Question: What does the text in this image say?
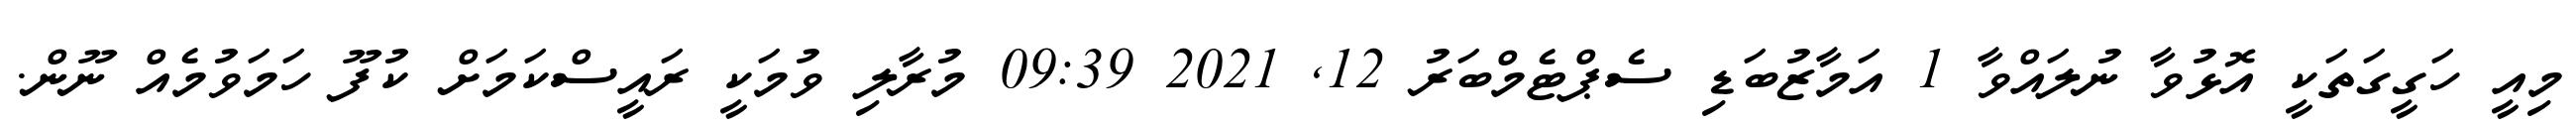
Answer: މިއީ ހަގީގަތަކީ އޮޅުވާ ނުލައްވާ 1 އަމާޒުބަޑި ސެޕްޓެމްބަރު 12, 2021 09:39 މުރާލި ވުމަކީ ރައީސްކަމަށް ކުފޫ ހަމަވުމެއް ނޫން.